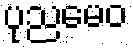
ပုညမေဝ